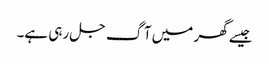
جیسے گھر میں آگ جل رہی ہے۔